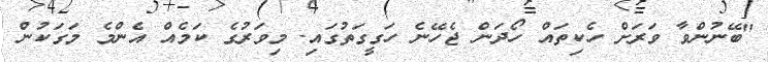
"ބޭނުންވާ ވަރަށް ހެކިތައް ހޯދަން ޖެހޭނެ ހަގީގަތުގައި. މިވަރުގެ ކަމެއް އެންމެ މަގަކުން